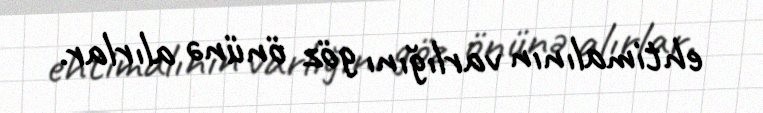
ehtimalının varlığını göz önünə alırlar.